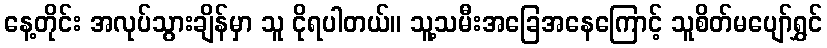
နေ့တိုင်း အလုပ်သွားချိန်မှာ သူ ငိုရပါတယ်။ သူ့သမီးအခြေအနေကြောင့် သူစိတ်မပျော်ရွှင်